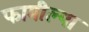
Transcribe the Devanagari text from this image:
फामील्या